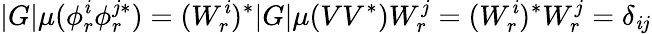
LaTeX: |G|\mu(\phi_{r}^{\mathit{i}}\phi_{r}^{j*})=(W_{r}^{\mathit{i}})^{*}|G|\mu(VV^{*})W_{r}^{j}=(W_{r}^{\mathit{i}})^{*}W_{r}^{j}=\delta_{\mathit{i}j}